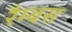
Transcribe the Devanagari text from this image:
रैम्बस